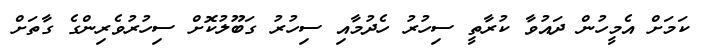
ކަމަށް އެމީހުން ދައުވާ ކުރާތީ ސިހުރު ހެދުމާއި ސިހުރު ގަބޫލުކޮށް ސިހުރުވެރިންގެ ގާތަށް